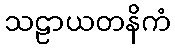
သဠာယတနိကံ